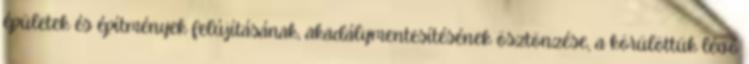
épületek és építmények felújításának, akadálymentesítésének ösztönzése, a körülöttük lévő